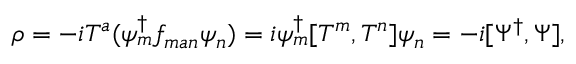
\rho = - i { \cal T } ^ { a } ( { \psi } _ { m } ^ { \dagger } f _ { m a n } { \psi } _ { n } ) = i \psi _ { m } ^ { \dagger } [ { \cal T } ^ { m } , { \cal T } ^ { n } ] \psi _ { n } = - i [ \Psi ^ { \dagger } , \Psi ] ,